Leningradi_Edasi_toimetus, lk 216
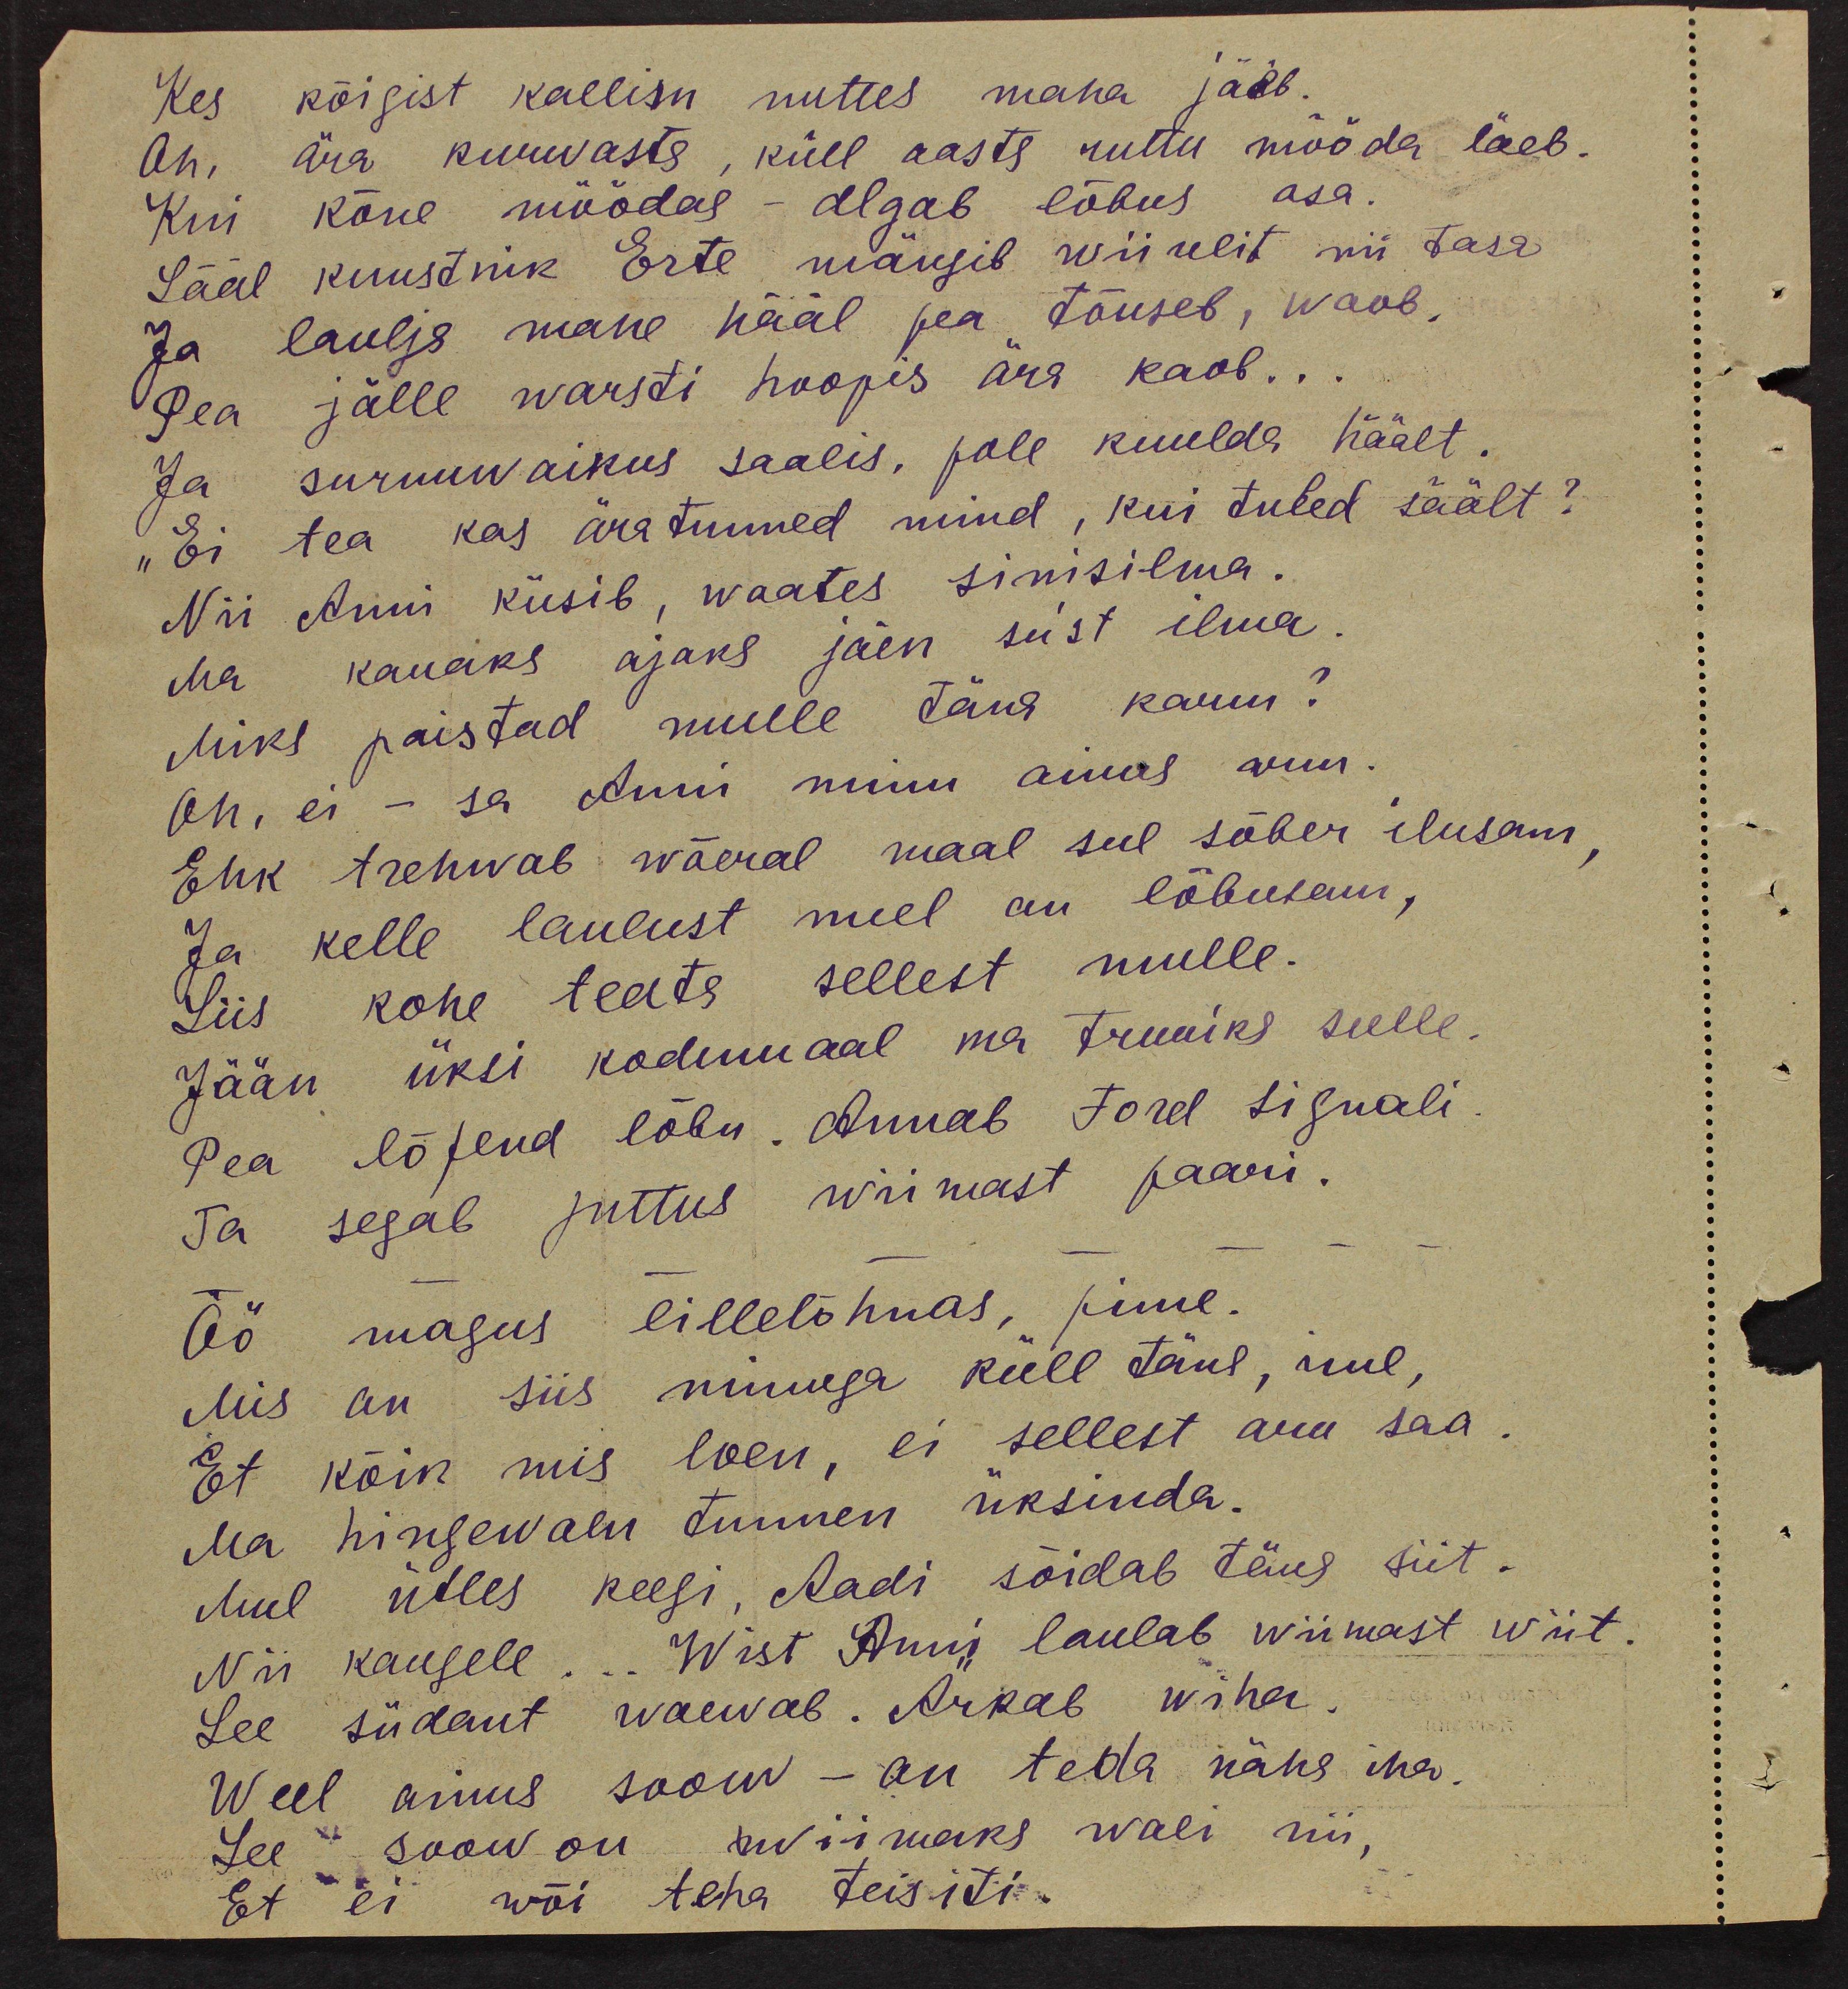
Kes kõigist kallim nuttes maha jääb.
Oh, ära kurvasta, küll aasta ruttu mööda läeb.
Kui kõne möödas - algab lõbus osa.
Sääl kunstnik Erte mängib wiiulit nii tasa
Ja laulja mahe hääl pea tõuseb, waob,
Pea jälle warsti hoopis ära kaob...
Ja surnuvaikus saalis, pole kuulda häält.
„Ei tea kas äratunned mind, kui tuled säält?“
Nii Anni küsib, waates sinisilma.
Ma kauaks ajaks jäen su'st ilma.
Miks paistad mulle täna kaum?
Oh, ei - sa Anni minu ainas wiin.
Ehk trehvab wõeral maal sul sõber ilusam,
Ja kelle laulust meel on lõbusam,
siis kohe teata sellest mulle.
Jään üksi kodumaal ma truiks sulle
Pea lõpend lõbu. Annab Ford signali
Ta segab juttus wiimast paari.
Öö magus lillelõhnas, pime.
Mis on siis minuga küll täna, mul,
Et kõik mis loen, ei sellest aru saa!
Ma hingewalu tunnen üksinda.
Mul ütles keegi, Aadi sõidab täna siit.
Nii kaugele... Wist Anni laulab wiimast wiit
See südant waewab. Ärkab wiha
Weel ainus soov - on teda näha iha
See soow on wiimaks wali nii,
Et ei wõi teha teisiti.